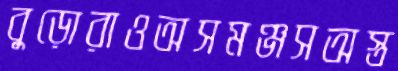
বুড়োরাওঅসমঞ্জসঅস্ত